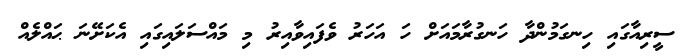
ސީރިއާގައި ހިނގަމުންދާ ހަނގުރާމައަށް ހަ އަހަރު ވެފައިވާއިރު މި މައްސަލައިގައި އެކަށޭނަ ޙައްލެއް